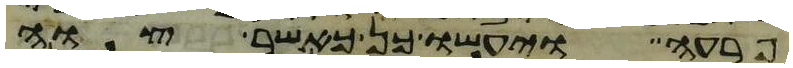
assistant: פרעה ויעשו כן כאשר צוה